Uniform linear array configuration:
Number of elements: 32
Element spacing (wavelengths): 0.25
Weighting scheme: cosine
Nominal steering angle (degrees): -15
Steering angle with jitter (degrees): -14.724
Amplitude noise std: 0.05
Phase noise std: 0.05

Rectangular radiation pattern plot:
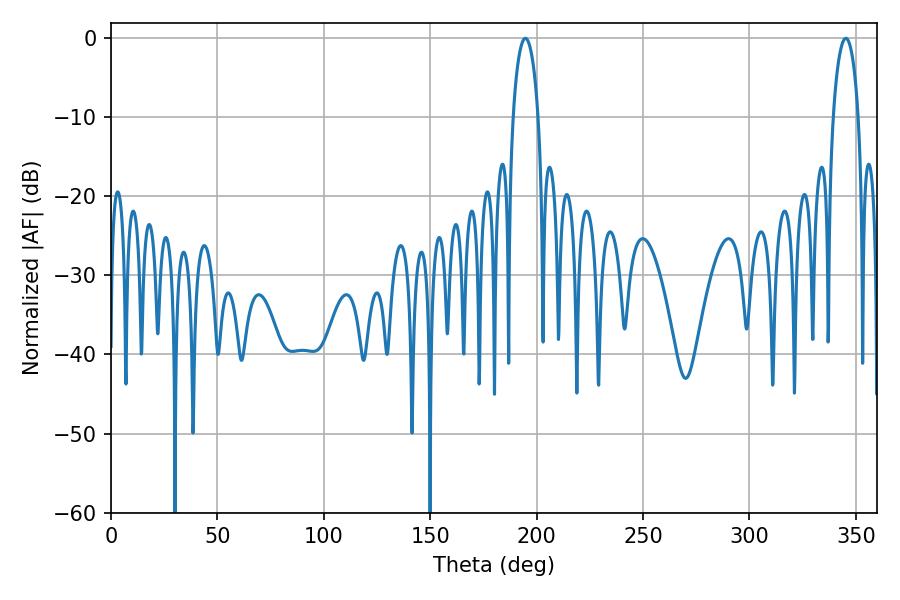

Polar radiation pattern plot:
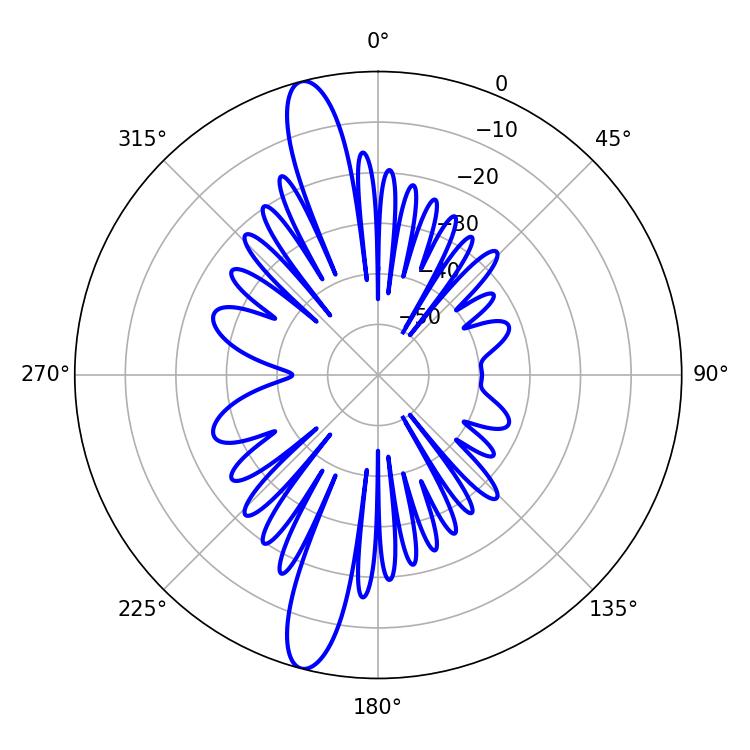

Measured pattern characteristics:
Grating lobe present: FALSE
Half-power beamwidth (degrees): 6.84
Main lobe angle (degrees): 194.76